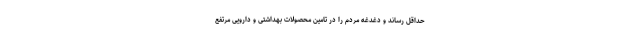
حداقل رساند و دغدغه مردم را در تامین محصولات بهداشتی و دارویی مرتفع